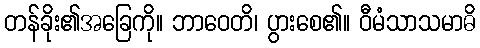
တန်ခိုး၏အခြေကို။ ဘာဝေတိ၊ ပွားစေ၏။ ဝီမံသာသမာဓိ